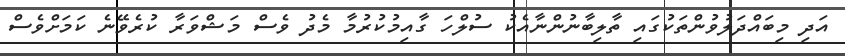
އަދި މިބައްދަލުވުންތަކުގައި ތާލިބާނުންނާއެކު ސުލްހަ ގާއިމުކުރުމާ މެދު ވެސް މަޝްވަރާ ކުރެވޭނެ ކަމަށްވެސް